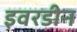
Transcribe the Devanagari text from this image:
इवरडीन